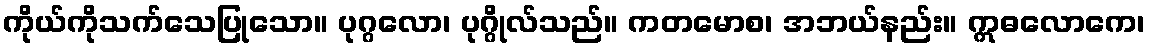
ကိုယ်ကိုသက်သေပြုသော။ ပုဂ္ဂလော၊ ပုဂ္ဂိုလ်သည်။ ကတမောစ၊ အဘယ်နည်း။ ဣဓလောကေ၊